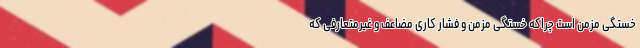
خستگی مزمن است چراکه خستگی مزمن و فشار کاری مضاعف و غیرمتعارفی که